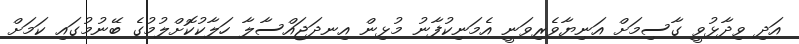
އަދި ވިދާޅުވީ ގާސިމަށް އަނިޔާވެރިވަނީ އެމަނިކުފާނު މުޅިން އިނދަޖައްސާލާ ހަލާކުކޮށްލުމުގެ ބޭނުމުގައި ކަމަށް